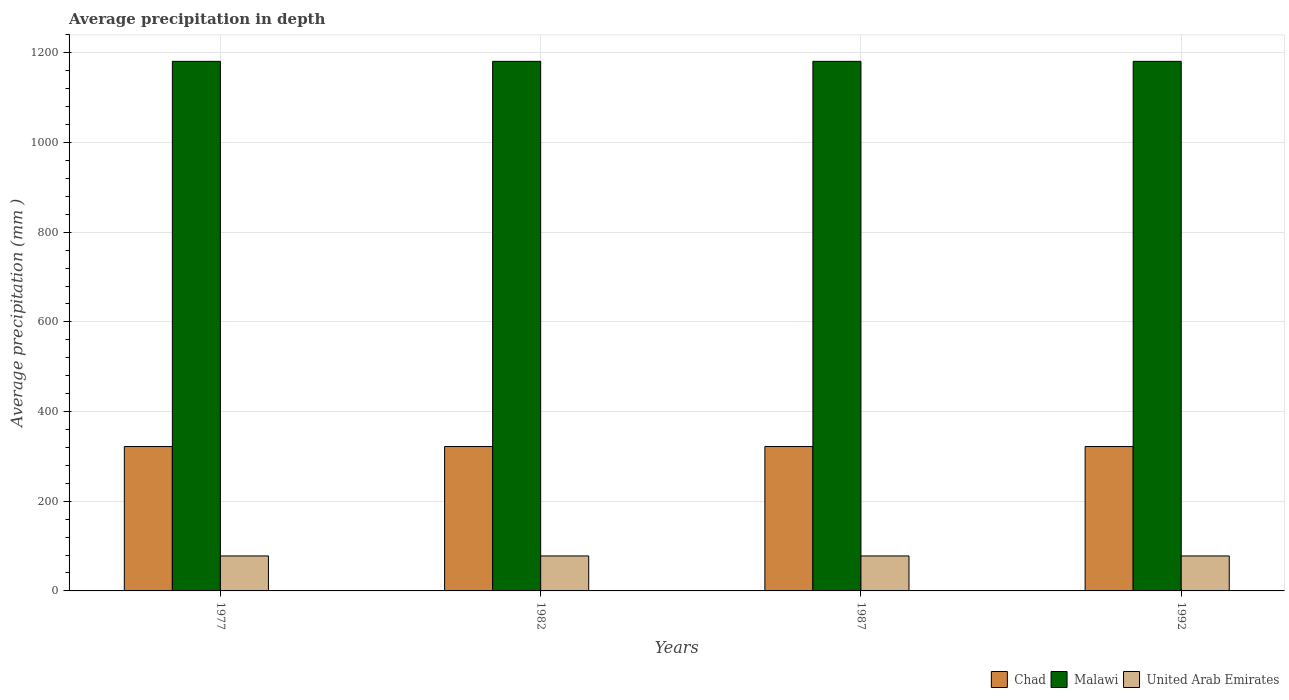
| Years | Chad | Malawi | United Arab Emirates |
 | --- | --- | --- | --- |
 | 1977 | 322 | 1.18e+03 | 78 |
 | 1982 | 322 | 1.18e+03 | 78 |
 | 1987 | 322 | 1.18e+03 | 78 |
 | 1992 | 322 | 1.18e+03 | 78 |